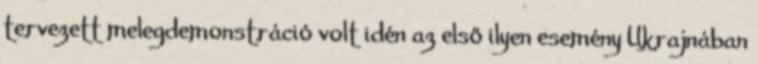
tervezett melegdemonstráció volt idén az első ilyen esemény Ukrajnában